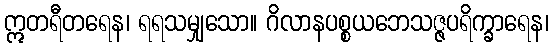
ဣတရီတရေန၊ ရရသမျှသော။ ဂိလာနပစ္စယဘေသဇ္ဇပရိက္ခာရေန၊